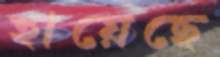
হায়েছে